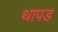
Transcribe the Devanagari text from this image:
थापड